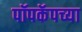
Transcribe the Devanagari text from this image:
पॉपकॅपच्या